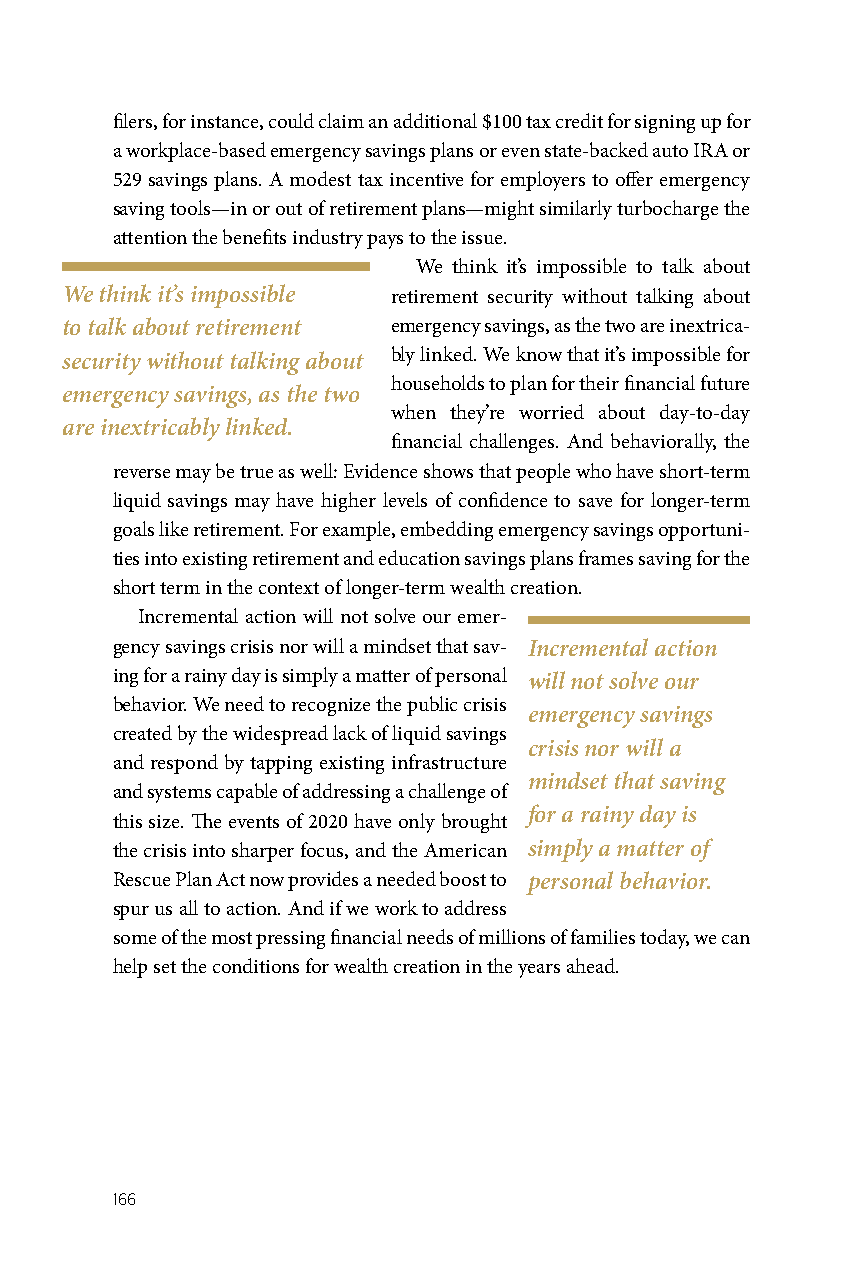
filers, for instance, could claim an additional $100 tax credit for signing up for
 a workplace-based emergency savings plans or even state-backed auto IRA or
 529 savings plans. A modest tax incentive for employers to offer emergency
 saving tools—in or out of retirement plans—might similarly turbocharge the
 attention the benefits industry pays to the issue.
 We think it’s impossible to talk about
 We think it’s impossible retirement security without talking about
 to talk about retirement emergency savings, as the two are inextrica-
 security without talking about bly linked. We know that it’s impossible for
 households to plan for their financial future
 emergency savings, as the two
 when they’re worried about day-to-day
 are inextricably linked.
 financial challenges. And behaviorally, the
 reverse may be true as well: Evidence shows that people who have short-term
 liquid savings may have higher levels of confidence to save for longer-term
 goals like retirement. For example, embedding emergency savings opportuni-
 ties into existing retirement and education savings plans frames saving for the
 short term in the context of longer-term wealth creation.
 Incremental action will not solve our emer-
 gency savings crisis nor will a mindset that sav- Incremental action
 ing for a rainy day is simply a matter of personal will not solve our
 behavior. We need to recognize the public crisis
 emergency savings
 created by the widespread lack of liquid savings
 crisis nor will a
 and respond by tapping existing infrastructure
 mindset that saving
 and systems capable of addressing a challenge of
 for a rainy day is
 this size. The events of 2020 have only brought
 the crisis into sharper focus, and the American simply a matter of
 Rescue Plan Act now provides a needed boost to personal behavior.
 spur us all to action. And if we work to address
 some of the most pressing financial needs of millions of families today, we can
 help set the conditions for wealth creation in the years ahead.
 166